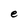
Character: e